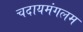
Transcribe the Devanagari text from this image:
चदायमंगलम